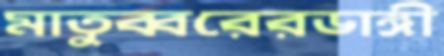
মাতুব্বরেরডাঙ্গী